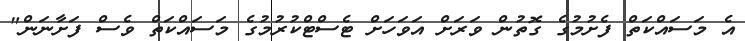
އެ މަސައްކަތް ފެށުމުގެ ގޮތުން ވަރަށް އަވަހަށް ޓެސްޓްކުރުމުގެ މަސައްކަތް ވެސް ފަށާނަން"